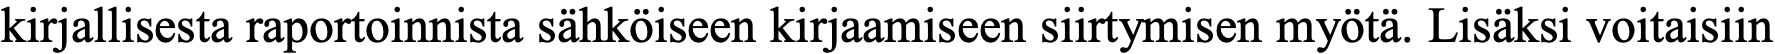
kirjallisesta raportoinnista sähköiseen kirjaamiseen siirtymisen myötä. Lisäksi voitaisiin